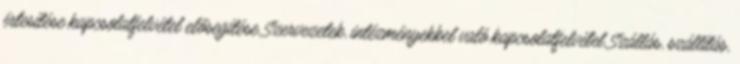
értesítése kapcsolatfelvétel elősegítése Szervezetek, intézményekkel való kapcsolatfelvétel Szállás, szállítás,